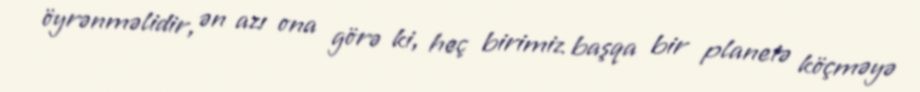
öyrənməlidir, ən azı ona görə ki, heç birimiz başqa bir planetə köçməyə